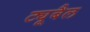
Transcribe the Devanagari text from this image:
ट्यूबैल